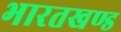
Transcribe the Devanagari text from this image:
भारतखण्ड